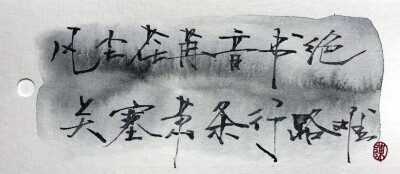
风尘荏苒音书绝，关塞萧条行路难。